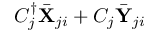
{ C _ { j } ^ { \dag } { \bar { \bf X } } _ { j i } + C _ { j } { \bar { \bf Y } } _ { j i } }